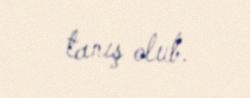
tanış olub.